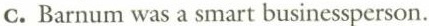
C. Barnum was a smart businessperson.